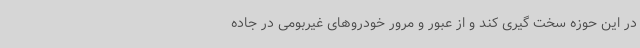
در این حوزه سخت گیری کند و از عبور و مرور خودروهای غیربومی در جاده